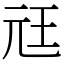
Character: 㒬